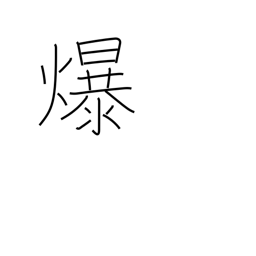
Meaning: split